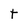
Character: t